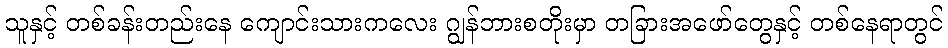
သူနှင့် တစ်ခန်းတည်းနေ ကျောင်းသားကလေး ဂျွန်ဘားစတိုးမှာ တခြားအဖော်တွေနှင့် တစ်နေရာတွင်